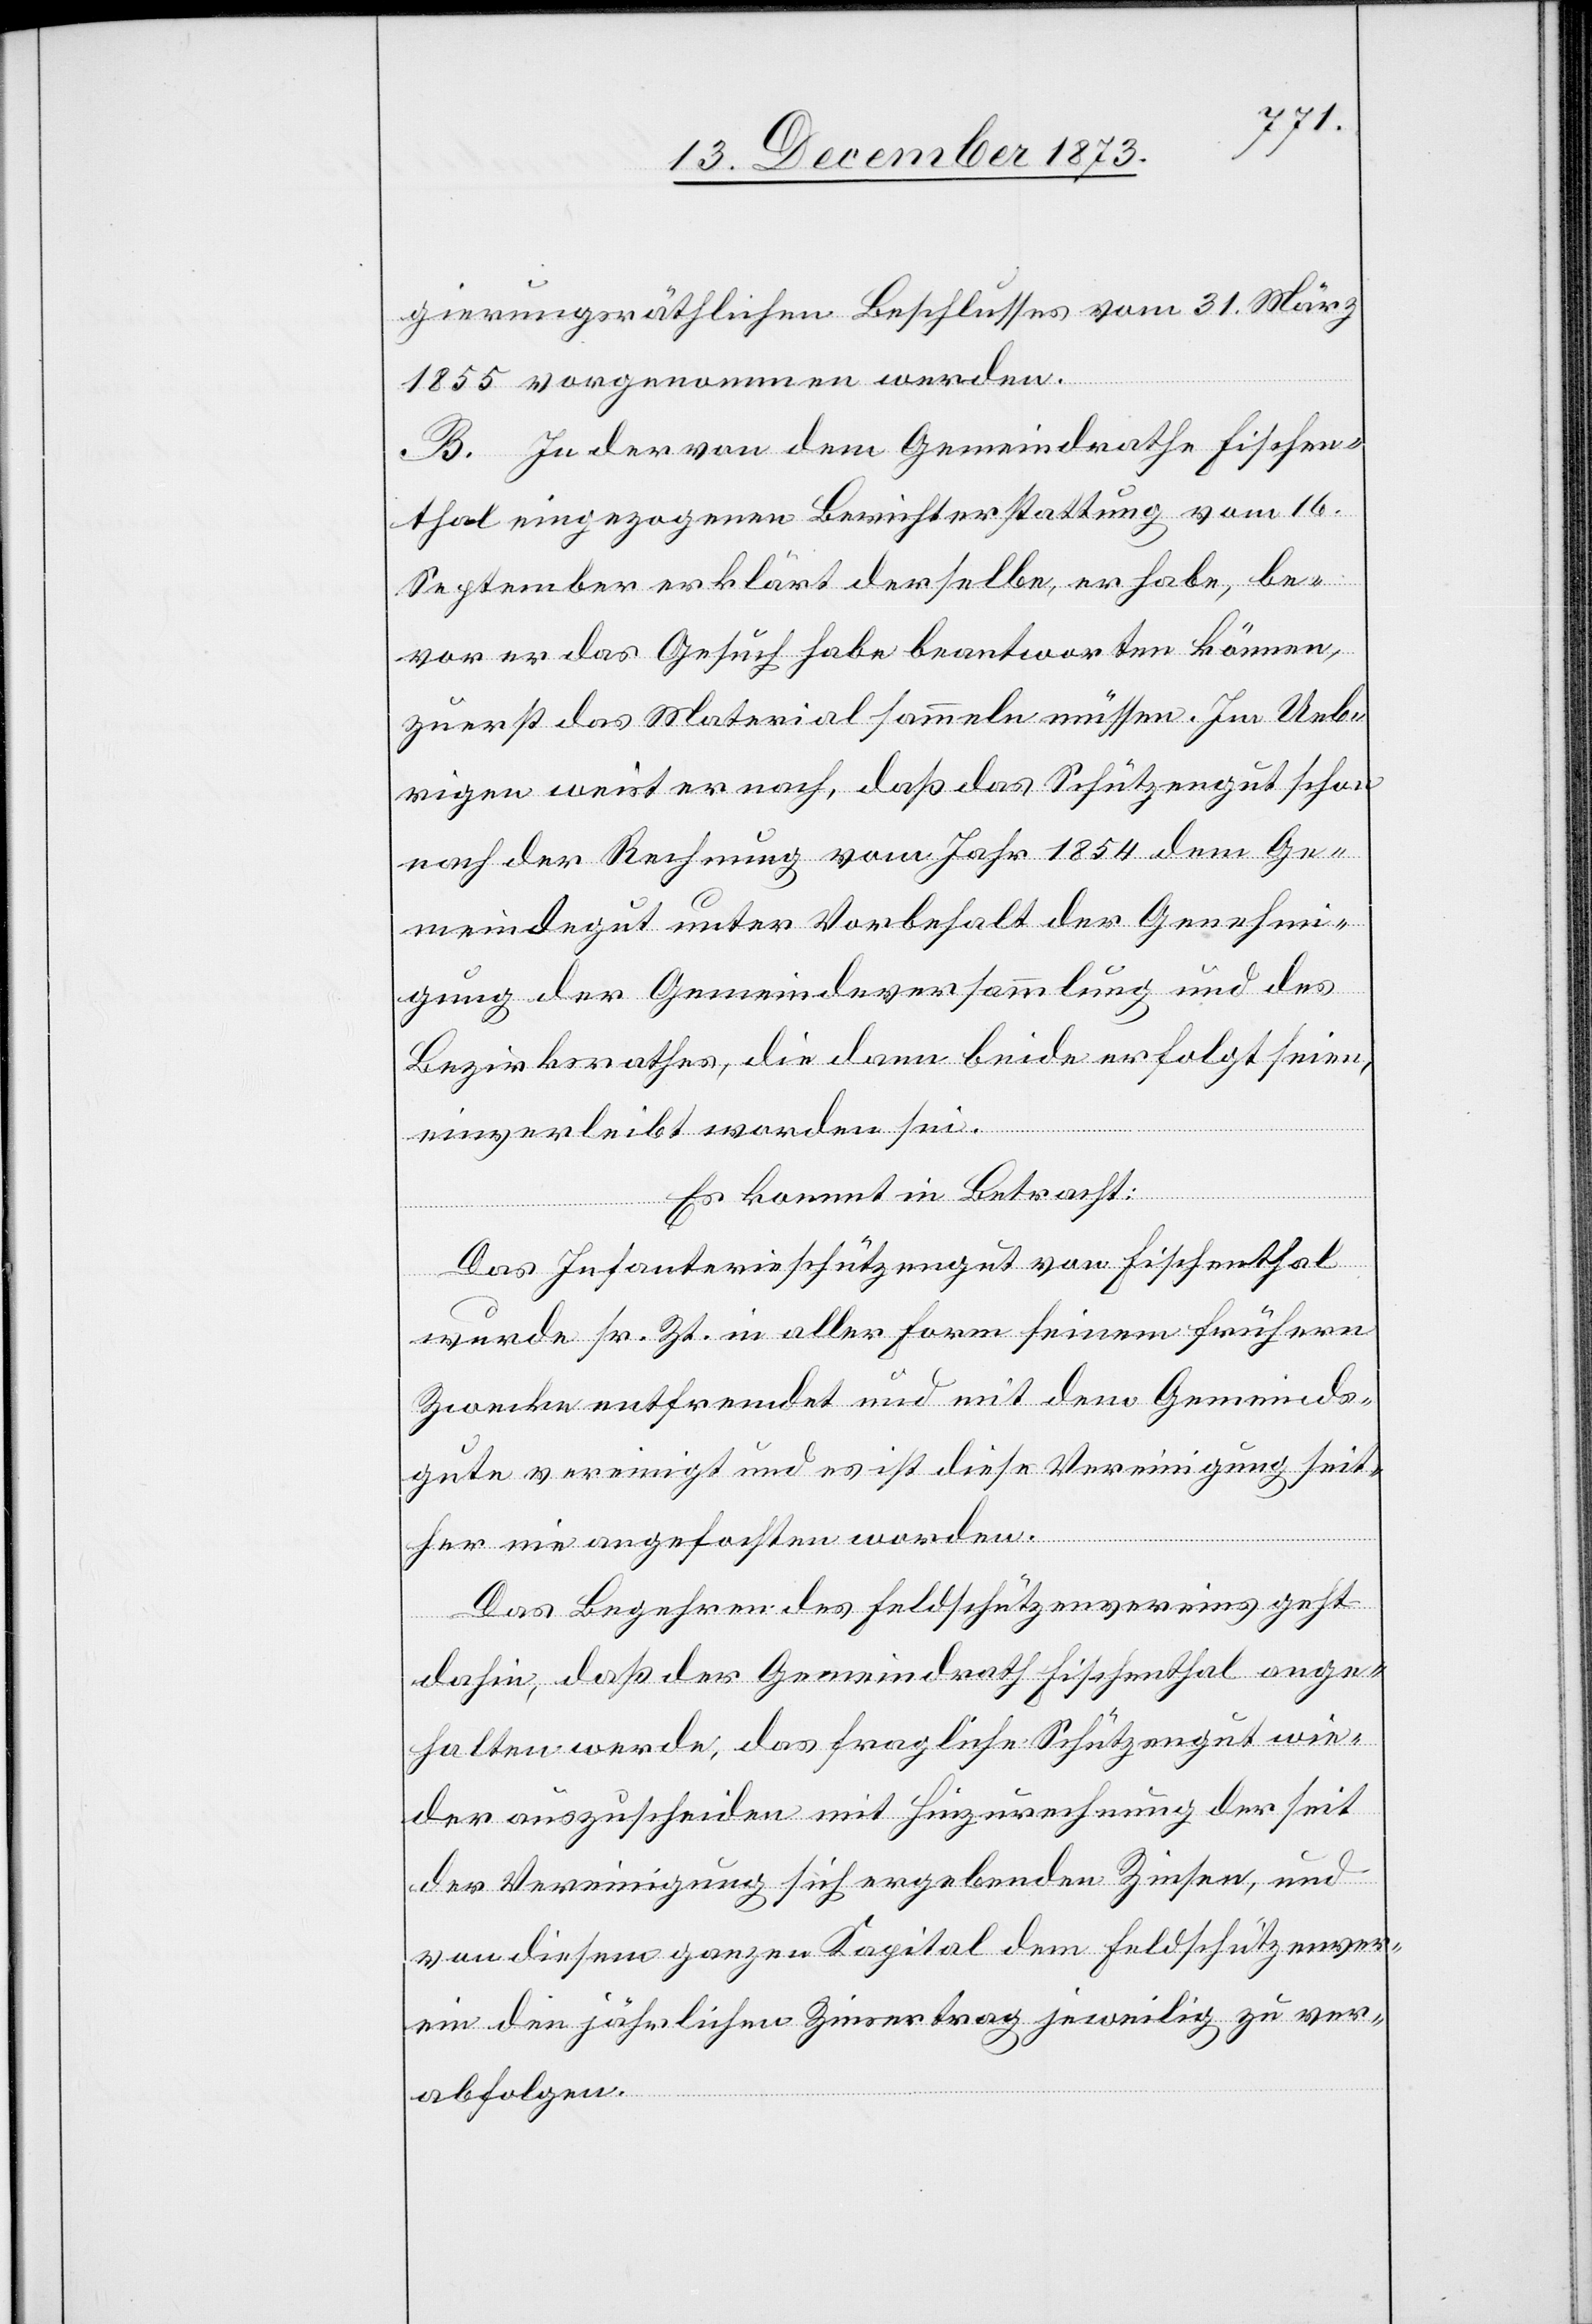
gierungsräthlichen Beschlusses vom 31. März
1855 vorgenommen werden
B. In der von dem Gemeindrathe Fischen¬
thal eingezogenen Berichterstattung vom 16.
September erklärt derselbe, er habe, be¬
vor er das Gesuch habe beantworten können,
zuerst das Material sammeln müssen. Im Ueb¬
rigen weist er nach, daß das Schützengut schon
nach der Rechnung vom Jahr 1854 dem Ge¬
meindegut unter Vorbehalt der Genehmi¬
gung der Gemeindeversammlung und des
Bezirksrathes, die dann beide erfolgt seien,
einverleibt worden sei.
Es kommt in Betracht:
Das Infanterieschützengut von Fischenthal
wurde sr. Zt. in aller Form seinem frühern
Zwecke entfremdet und mit dem Gemeinds¬
gute vereinigt und es ist diese Vereinigung seit¬
her nie angefochten worden.
Das Begehren des Feldschützenvereins geht
dahin, daß der Gemeindrath Fischenthal ange¬
halten werde, das fragliche Schützengut wie¬
der auszuscheiden mit Hinzurechnung der seit
der Vereinigung sich ergebenden Zinsen, und
von diesem ganzen Kapital dem Feldschützenver¬
ein den jährlichen Zinsertrag jeweilig zu ver¬
abfolgen.